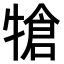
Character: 𤚬